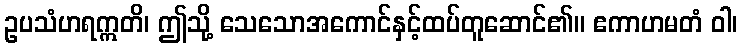
ဥပသံဟရဣတိ၊ ဤသို့ သေသောအကောင်နှင့်ထပ်တူဆောင်၏။ ဧကာဟမတံ ဝါ၊